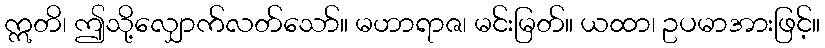
ဣတိ၊ ဤသို့လျှောက်လတ်သော်။ မဟာရာဇ၊ မင်းမြတ်။ ယထာ၊ ဥပမာအားဖြင့်။